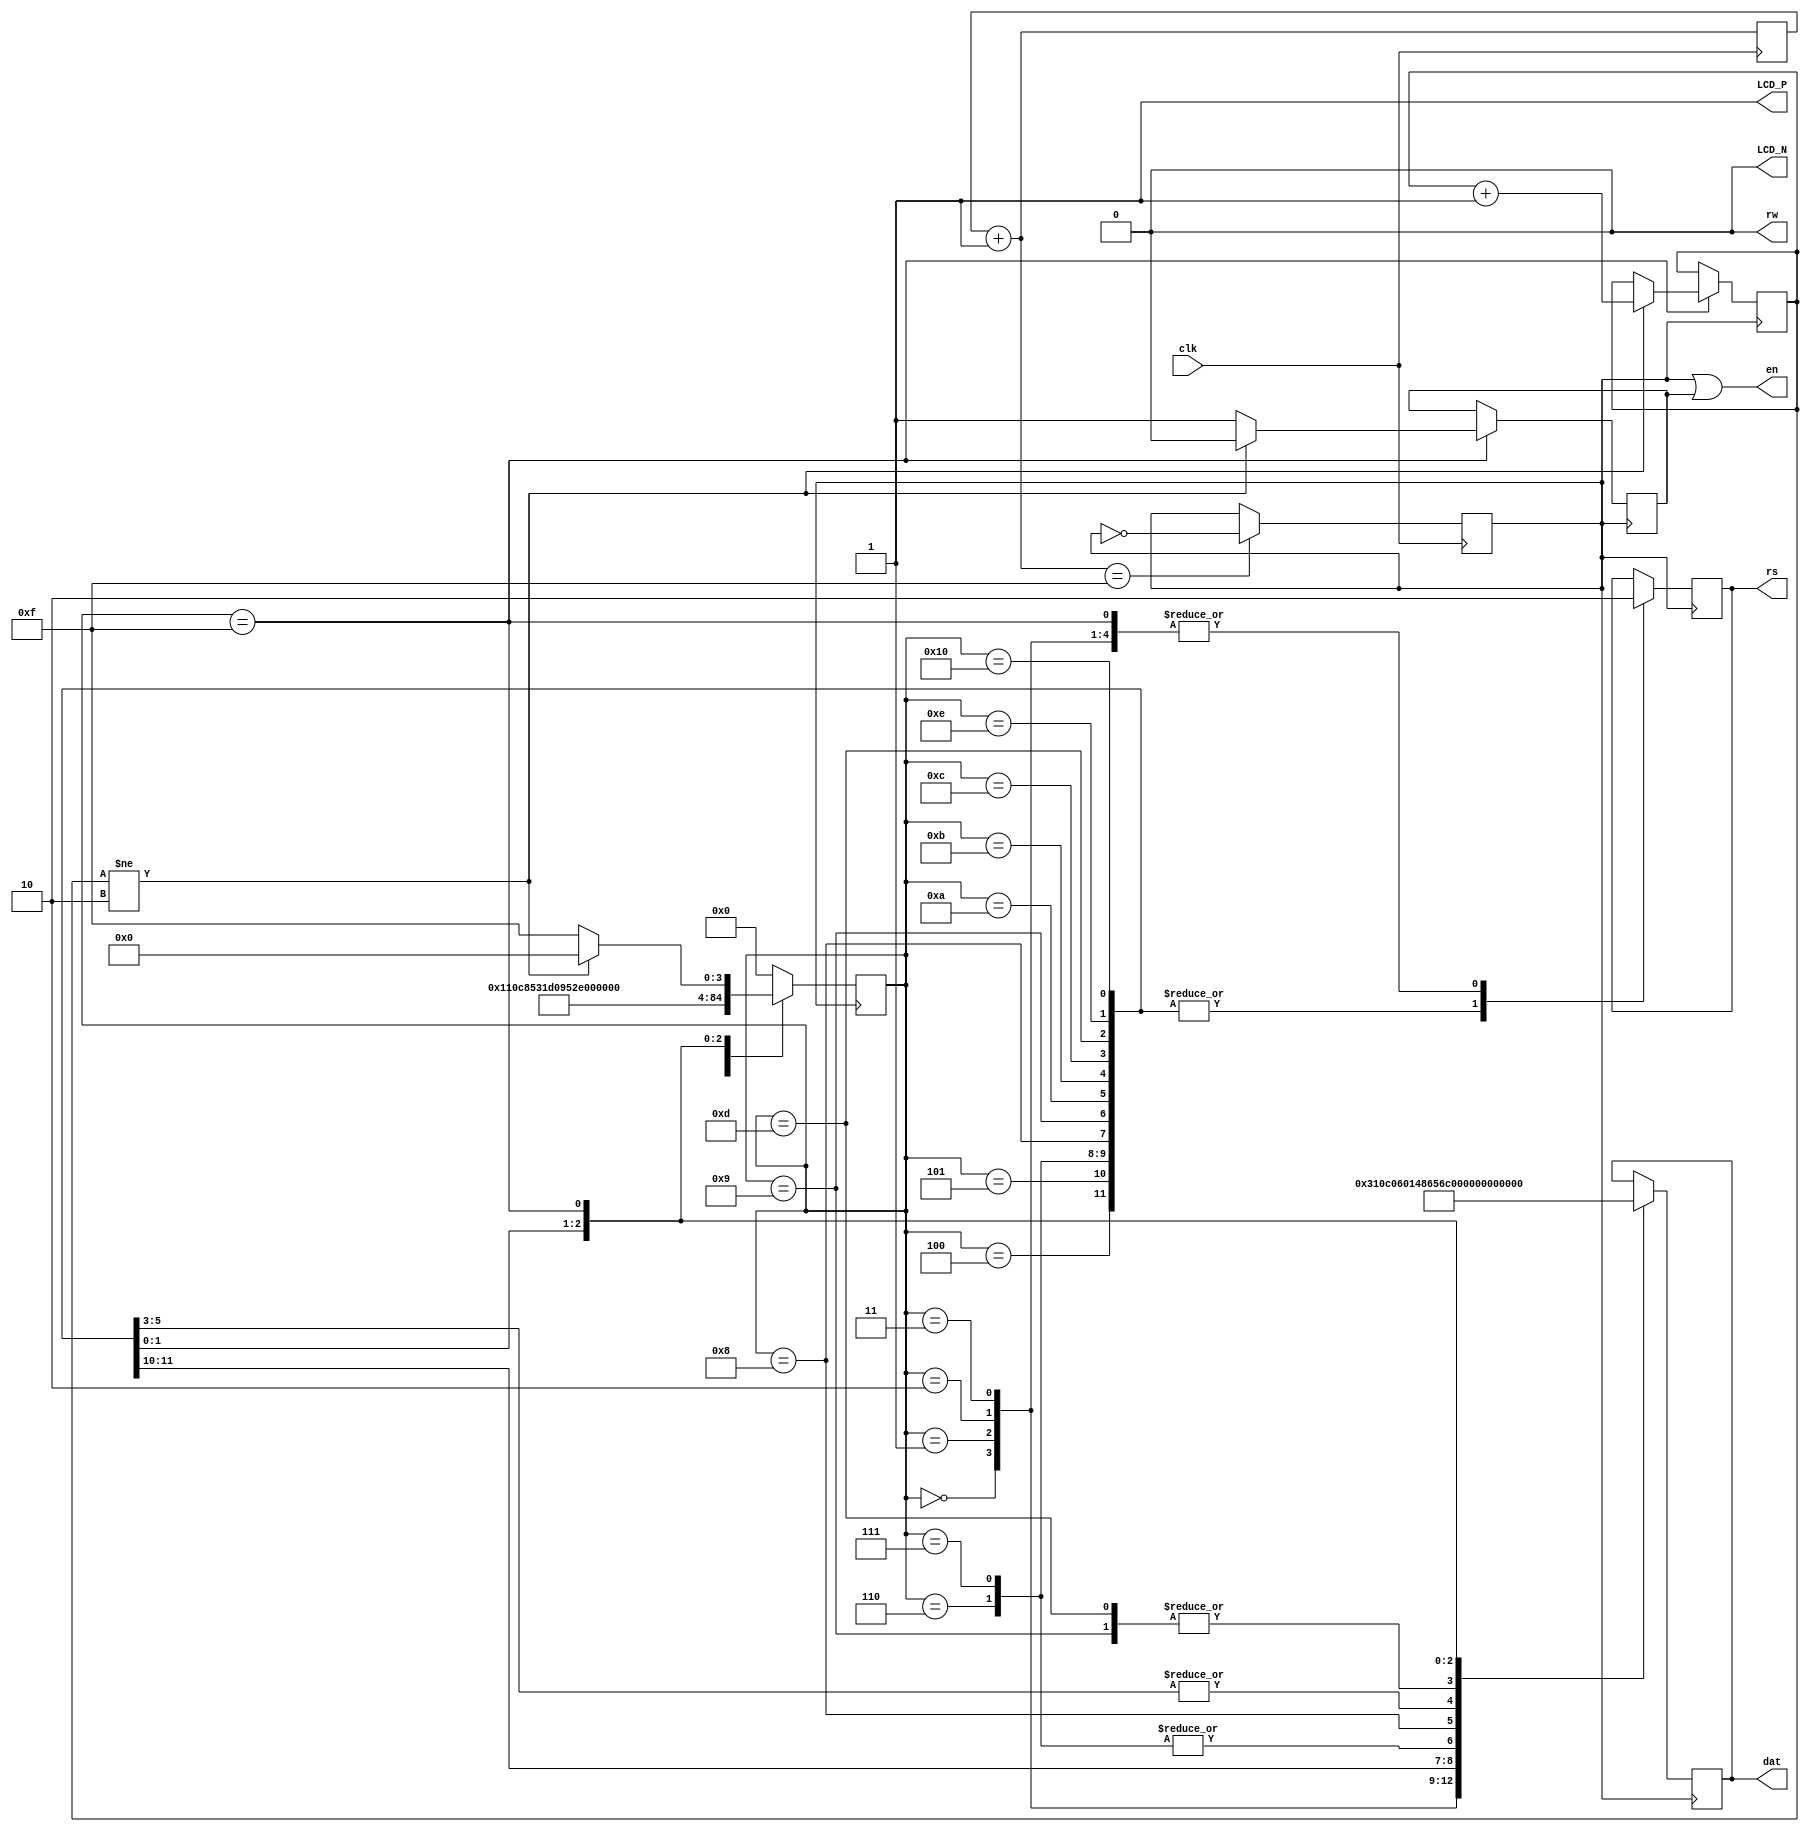
module LCD1602(clk, rs, rw, en,dat,LCD_N,LCD_P);
   input clk;
   output [7:0] dat;
   output 	rs,rw,en,LCD_N,LCD_P;
   //tri en;
   reg 		e;
   reg [7:0] 	dat;
   reg 		rs;
   reg [15:0] 	counter;
   reg [4:0] 	current,next;
   reg 		clkr;
   reg [1:0] 	cnt;
   parameter  set0=4'h0;
   parameter  set1=4'h1;
   parameter  set2=4'h2;
   parameter  set3=4'h3;
   parameter  dat0=4'h4;
   parameter  dat1=4'h5;
   parameter  dat2=4'h6;
   parameter  dat3=4'h7;
   parameter  dat4=4'h8;
   parameter  dat5=4'h9;

   parameter  dat6=4'hA;
   parameter  dat7=4'hB;
   parameter  dat8=4'hC;
   parameter  dat9=4'hD;
   parameter  dat10=4'hE;
   parameter  dat11=5'h10;
   parameter  nul=4'hF;
   assign LCD_N=0;
   assign LCD_P=1;

   always @(posedge clk)
     begin
	counter=counter + 16'd1;
	if(counter==16'h000f)
	  clkr=~clkr;
     end
   always @(posedge clkr)
     begin
	current=next;
	case(current)
	  set0:   begin  rs<=0; dat<=8'h31; next<=set1; end
	  set1:   begin  rs<=0; dat<=8'h0C; next<=set2; end
	  set2:   begin  rs<=0; dat<=8'h6;  next<=set3; end
	  set3:   begin  rs<=0; dat<=8'h1;  next<=dat0; end

	  dat0:   begin  rs<=1; dat<="H";  next<=dat1;  end
	  dat1:   begin  rs<=1; dat<="e";  next<=dat2;  end
	  dat2:   begin  rs<=1; dat<="l";  next<=dat3;  end
	  dat3:   begin  rs<=1; dat<="l";  next<=dat4;  end
	  dat4:   begin  rs<=1; dat<="o";  next<=dat5;  end
	  dat5:   begin  rs<=1; dat<=" ";  next<=dat6;  end
	  dat6:   begin  rs<=1; dat<="!";  next<=dat7;  end
	  dat7:   begin  rs<=1; dat<="!";  next<=dat8;  end
	  dat8:   begin  rs<=1; dat<="!";  next<=dat9;  end
	  dat9:   begin  rs<=1; dat<=" ";  next<=dat10; end
	  dat10:   begin  rs<=1; dat<=":"; next<=dat11; end
	  dat11:   begin  rs<=1; dat<=")"; next<=nul;   end

	  nul:   begin rs<=0;  dat<=8'h00;
             if(cnt!=2'h2)
               begin
                  e<=0;next<=set0;cnt<=cnt + 2'd1;
               end
             else
               begin next<=nul; e<=1;
               end
          end
	  default:   next=set0;
	endcase
     end
   assign en=clkr|e;
   assign rw=0;
endmodule